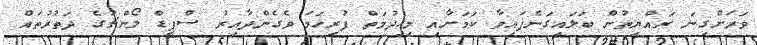
ވަރަށްގިނަ ރައްޔިތުން ބަލައިގަނެފައިވާ ކަމަށާއި މިޚިދުމަތް ފުރިހަމަ ވެގެންދާއިރު ސްޕީޑް ލޯންޗުގެ ދަތުރުތައް